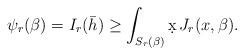
LaTeX: \begin{align*}&\psi_r(\beta) = I_r(\bar{h}) \geq \int_{S_r(\beta)} \d x\,J_r(x,\beta).\end{align*}